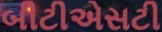
બીટીએસટી